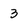
Character: 3